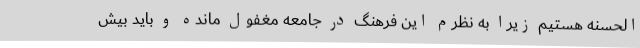
الحسنه هستیم زیرا به نظرم این فرهنگ در جامعه مغفول مانده و باید بیش